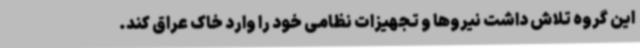
این گروه تلاش داشت نیروها و تجهیزات نظامی خود را وارد خاک عراق کند.